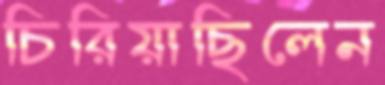
চিরিয়াছিলেন